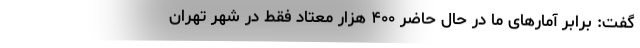
گفت: برابر آمارهای ما در حال حاضر ۴۰۰ هزار معتاد فقط در شهر تهران